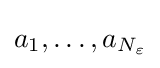
a_{1},\ldots ,a_{N_{\varepsilon }}